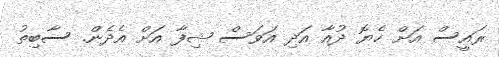
ރައީސް އަށް ހެޔޮ ދުއާ އަދި އަވަސް ޝިފާ އަށް އެދެން. ސާބިތު